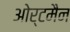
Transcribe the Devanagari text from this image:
ओर्टमैन